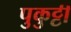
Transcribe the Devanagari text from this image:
पुकुट्टी